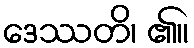
ဒေဿတိ၊ ၏။